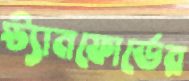
স্ট্যানফোর্ডের